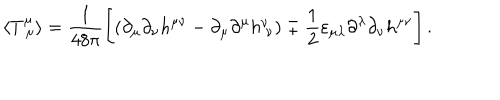
\langle T _ { \ \mu } ^ { \mu } \rangle = \frac { 1 } { 4 8 \pi } \Biggl [ \left( \partial _ { \mu } \partial _ { \nu } h ^ { \mu \nu } - \partial _ { \mu } \partial ^ { \mu } h _ { \ \nu } ^ { \nu } \right) \mp \frac { 1 } { 2 } \varepsilon _ { \mu \lambda } \partial ^ { \lambda } \partial _ { \nu } h ^ { \mu \nu } \Biggr ] \, .